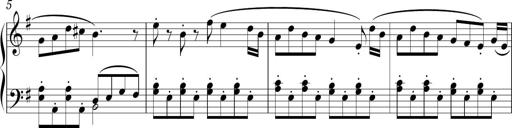
Title: Sonatina in E minor
Composer: Shuwen Zhang
Key: E minor